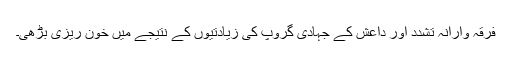
فرقہ وارانہ تشدد اور داعش کے جہادی گروپ کی زیادتیوں کے نتیجے میں خون ریزی بڑھی۔